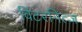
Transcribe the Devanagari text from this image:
विंटरनित्ज